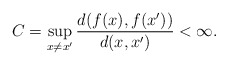
\begin{align*} C=\sup_{x\neq x'}\frac{d(f(x),f(x'))}{d(x,x')}<\infty.\end{align*}